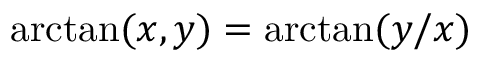
\arctan ( x , y ) = \arctan ( y / x )